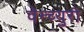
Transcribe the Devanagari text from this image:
वेन्च्युरी